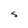
Character: S